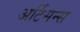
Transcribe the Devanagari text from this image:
अर्टिसन्स